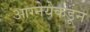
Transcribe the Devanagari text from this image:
आग्नेयेकडून